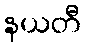
နယတီ